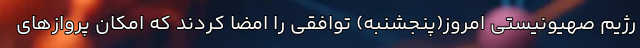
رژیم صهیونیستی امروز(پنجشنبه) توافقی را امضا کردند که امکان پروازهای